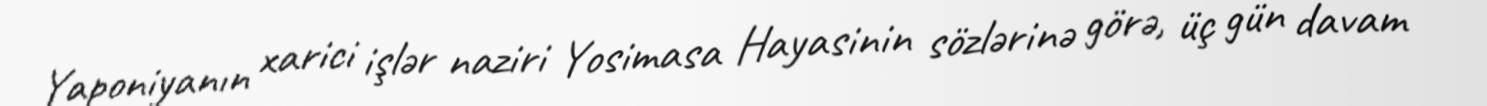
Yaponiyanın xarici işlər naziri Yosimasa Hayasinin sözlərinə görə, üç gün davam